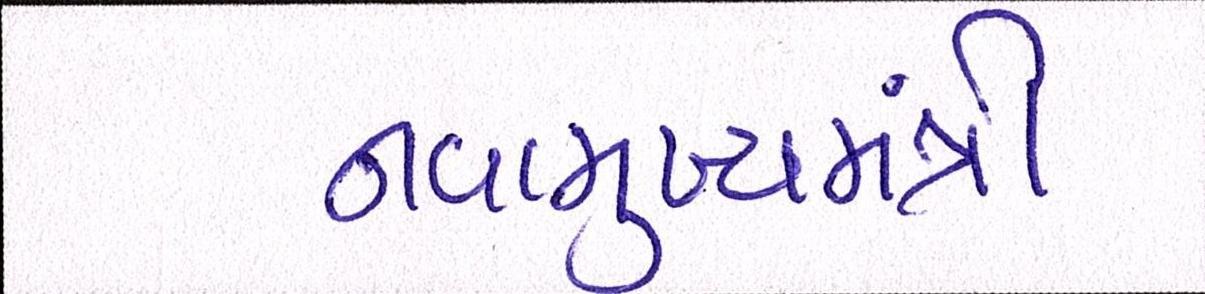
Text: નવામુખ્યમંત્રી